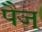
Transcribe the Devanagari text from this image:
पैज्